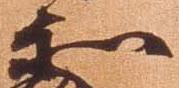
和